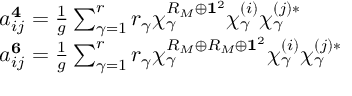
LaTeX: \begin{array} { l } { { a _ { i j } ^ { { \bf 4 } } = \frac { 1 } { g } \sum _ { \gamma = 1 } ^ { r } r _ { \gamma } \chi _ { \gamma } ^ { R _ { M } \oplus { \bf 1 } ^ { 2 } } \chi _ { \gamma } ^ { ( i ) } \chi _ { \gamma } ^ { ( j ) * } } } \\ { { a _ { i j } ^ { { \bf 6 } } = \frac { 1 } { g } \sum _ { \gamma = 1 } ^ { r } r _ { \gamma } \chi _ { \gamma } ^ { R _ { M } \oplus R _ { M } \oplus { \bf 1 } ^ { 2 } } \chi _ { \gamma } ^ { ( i ) } \chi _ { \gamma } ^ { ( j ) * } } } \end{array}